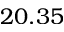
2 0 . 3 5